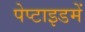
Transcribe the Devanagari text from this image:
पेप्टाइडमें